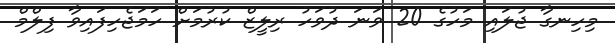
މިހިނގާ ޖުލައި މަހުގެ 20 ވަނަ ދުވަހު ރިލީޒް ކުރުމަށް ހަމަޖެހިފައިވާ ފިލްމް